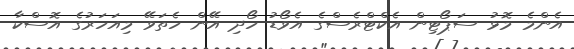
އެންމެ މޮޅު ސަޕޯޓިން އެކްޓްރެސްގެ އެވޯޑު ހޯދި އޭން ހެތަވޭ މިއަހަރުގެ އޮސްކާ